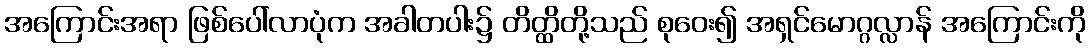
အကြောင်းအရာ ဖြစ်ပေါ်လာပုံက အခါတပါး၌ တိတ္ထိတို့သည် စုဝေး၍ အရှင်မောဂ္ဂလ္လာန် အကြောင်းကို